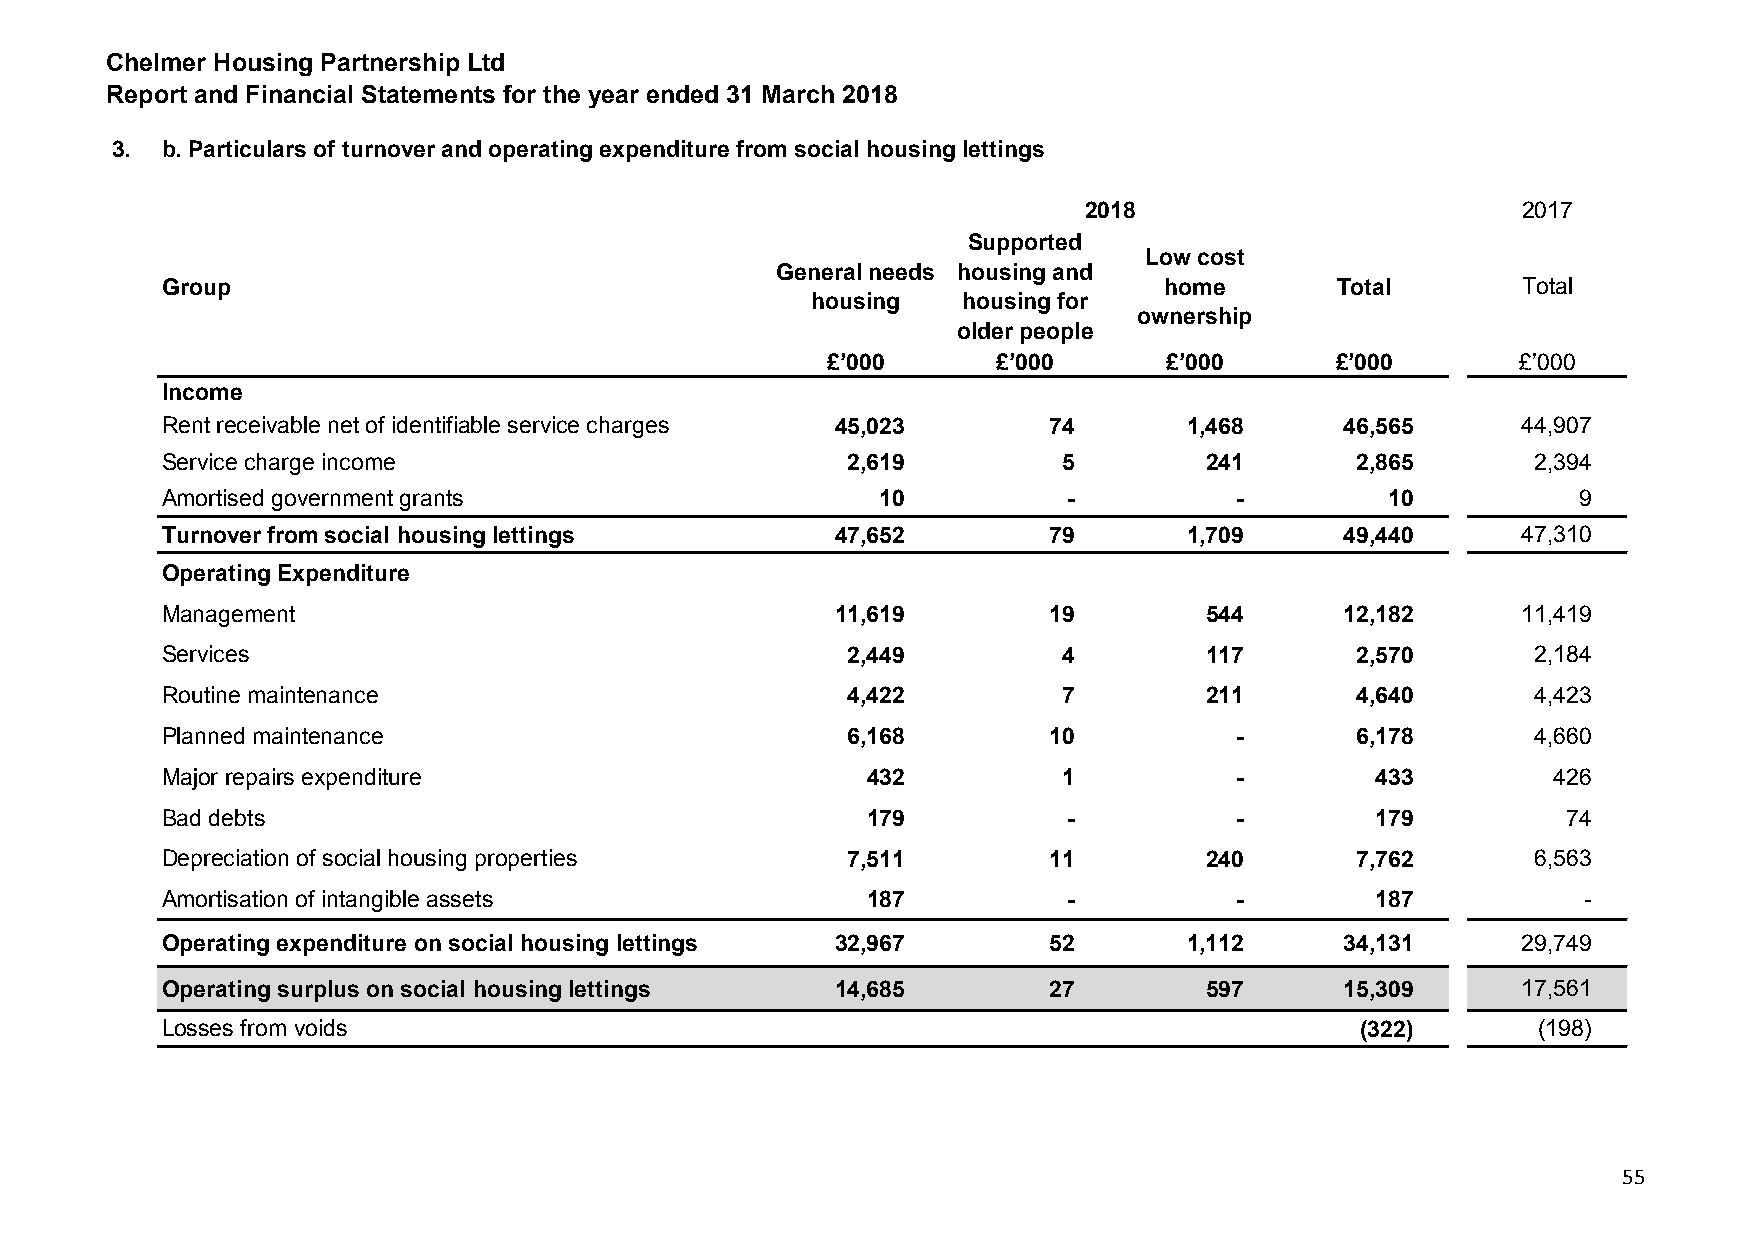
Chelmer Housing Partnership Ltd
 Report and Financial Statements for the year ended 31 March 2018
 3.  b. Particulars of turnover and operating expenditure from social housing lettings
 2018                         2017
 Supported
 Low cost
 General needs housing and
 Group                                                             home       Total        Total
 housing   housing for
 ownership
 older people
 £’000      £’000      £’000      £’000        £’000
 Income
 Rent receivable net of identifiable service charges 45,023 74       1,468     46,565      44,907
 Service charge income                        2,619         5         241       2,865       2,394
 Amortised government grants                    10           -          -         10           9
 Turnover from social housing lettings       47,652        79        1,709     49,440      47,310
 Operating Expenditure
 Management                                  11,619        19         544      12,182      11,419
 Services                                     2,449         4         117       2,570       2,184
 Routine maintenance                          4,422         7         211       4,640       4,423
 Planned maintenance                          6,168        10           -       6,178       4,660
 Major repairs expenditure                     432          1           -        433         426
 Bad debts                                     179           -          -        179          74
 Depreciation of social housing properties    7,511        11         240       7,762       6,563
 Amortisation of intangible assets             187           -          -        187           -
 Operating expenditure on social housing lettings 32,967   52        1,112     34,131      29,749
 Operating surplus on social housing lettings 14,685       27         597      15,309      17,561
 Losses from voids                                                              (322)       (198)
 55